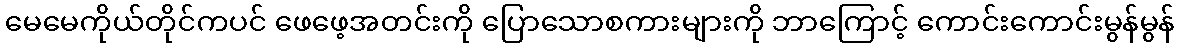
မေမေကိုယ်တိုင်ကပင် ဖေဖေ့အတင်းကို ပြောသောစကားများကို ဘာကြောင့် ကောင်းကောင်းမွန်မွန်